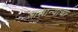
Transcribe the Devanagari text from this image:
आखान्याचा